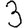
Digit: 3